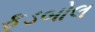
ફૂડબોલ